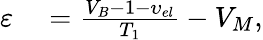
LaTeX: \begin{array}{rl}{\varepsilon}&{{}=\frac{{{V}_{B}}-1-{{\upsilon}_{{el}}}}{{{T}_{1}}}-{{V}_{M}},}\end{array}